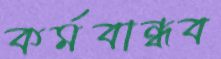
কর্মবান্ধব